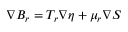
\nabla B _ { r } = T _ { r } \nabla \eta + \mu _ { r } \nabla S